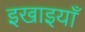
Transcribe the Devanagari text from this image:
इखाइयाँ